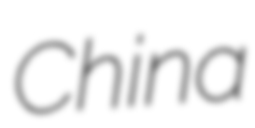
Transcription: China